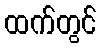
ထက်တွင်